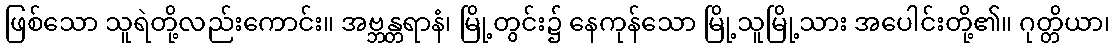
ဖြစ်သော သူရဲတို့လည်းကောင်း။ အဗ္ဘန္တရာနံ၊ မြို့တွင်း၌ နေကုန်သော မြို့သူမြို့သား အပေါင်းတို့၏။ ဂုတ္တိယာ၊